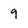
Character: 9